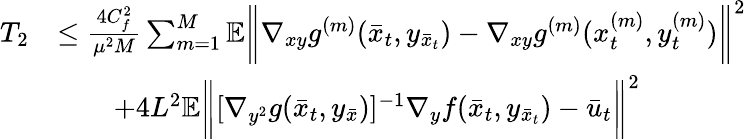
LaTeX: \begin{array}{rl}{T_{2}}&{\leq\frac{4C_{f}^{2}}{\mu^{2}M}\sum_{m=1}^{M}\mathbb{E}\bigg\| \nabla_{xy}g^{(m)}(\bar{x}_{t},y_{\bar{x}_{t}})-\nabla_{xy}g^{(m)}(x_{t}^{(m)},y_{t}^{(m)})\bigg\| ^{2}}\\ &{\qquad+4L^{2}\mathbb{E}\bigg\| [\nabla_{y^{2}}g(\bar{x}_{t},y_{\bar{x}})]^{-1}\nabla_{y}f(\bar{x}_{t},y_{\bar{x}_{t}})-\bar{u}_{t}\bigg\| ^{2}}\end{array}